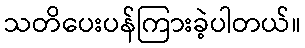
သတိပေးပန်ကြားခဲ့ပါတယ်။